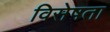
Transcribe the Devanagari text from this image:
विसेषता